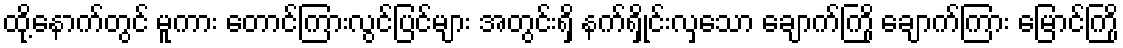
ထို့နောက်တွင် မူကား တောင်ကြားလွင်ပြင်များ အတွင်းရှိ နက်ရှိုင်းလှသော ချောက်ကြို ချောက်ကြား မြောင်ကြို